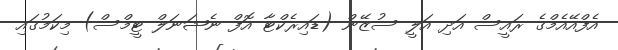
އެފްއޭއެމްގެ ރައީސް އަދި އަލީ ސުޒޭން (ޑައިރެކްޓާ އޮފް ނެޝަނަލް ޓީމްސް) މިކަމުގައި